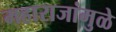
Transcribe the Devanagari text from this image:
महाराजांमुळे